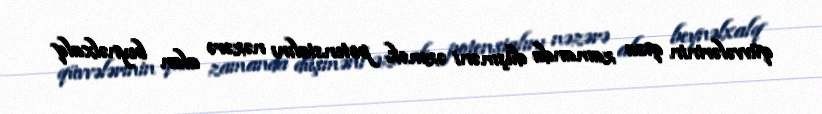
qüvvələrinin qısa zamanda düşməni əzmək potensialını nəzərə alan beynəlxalq